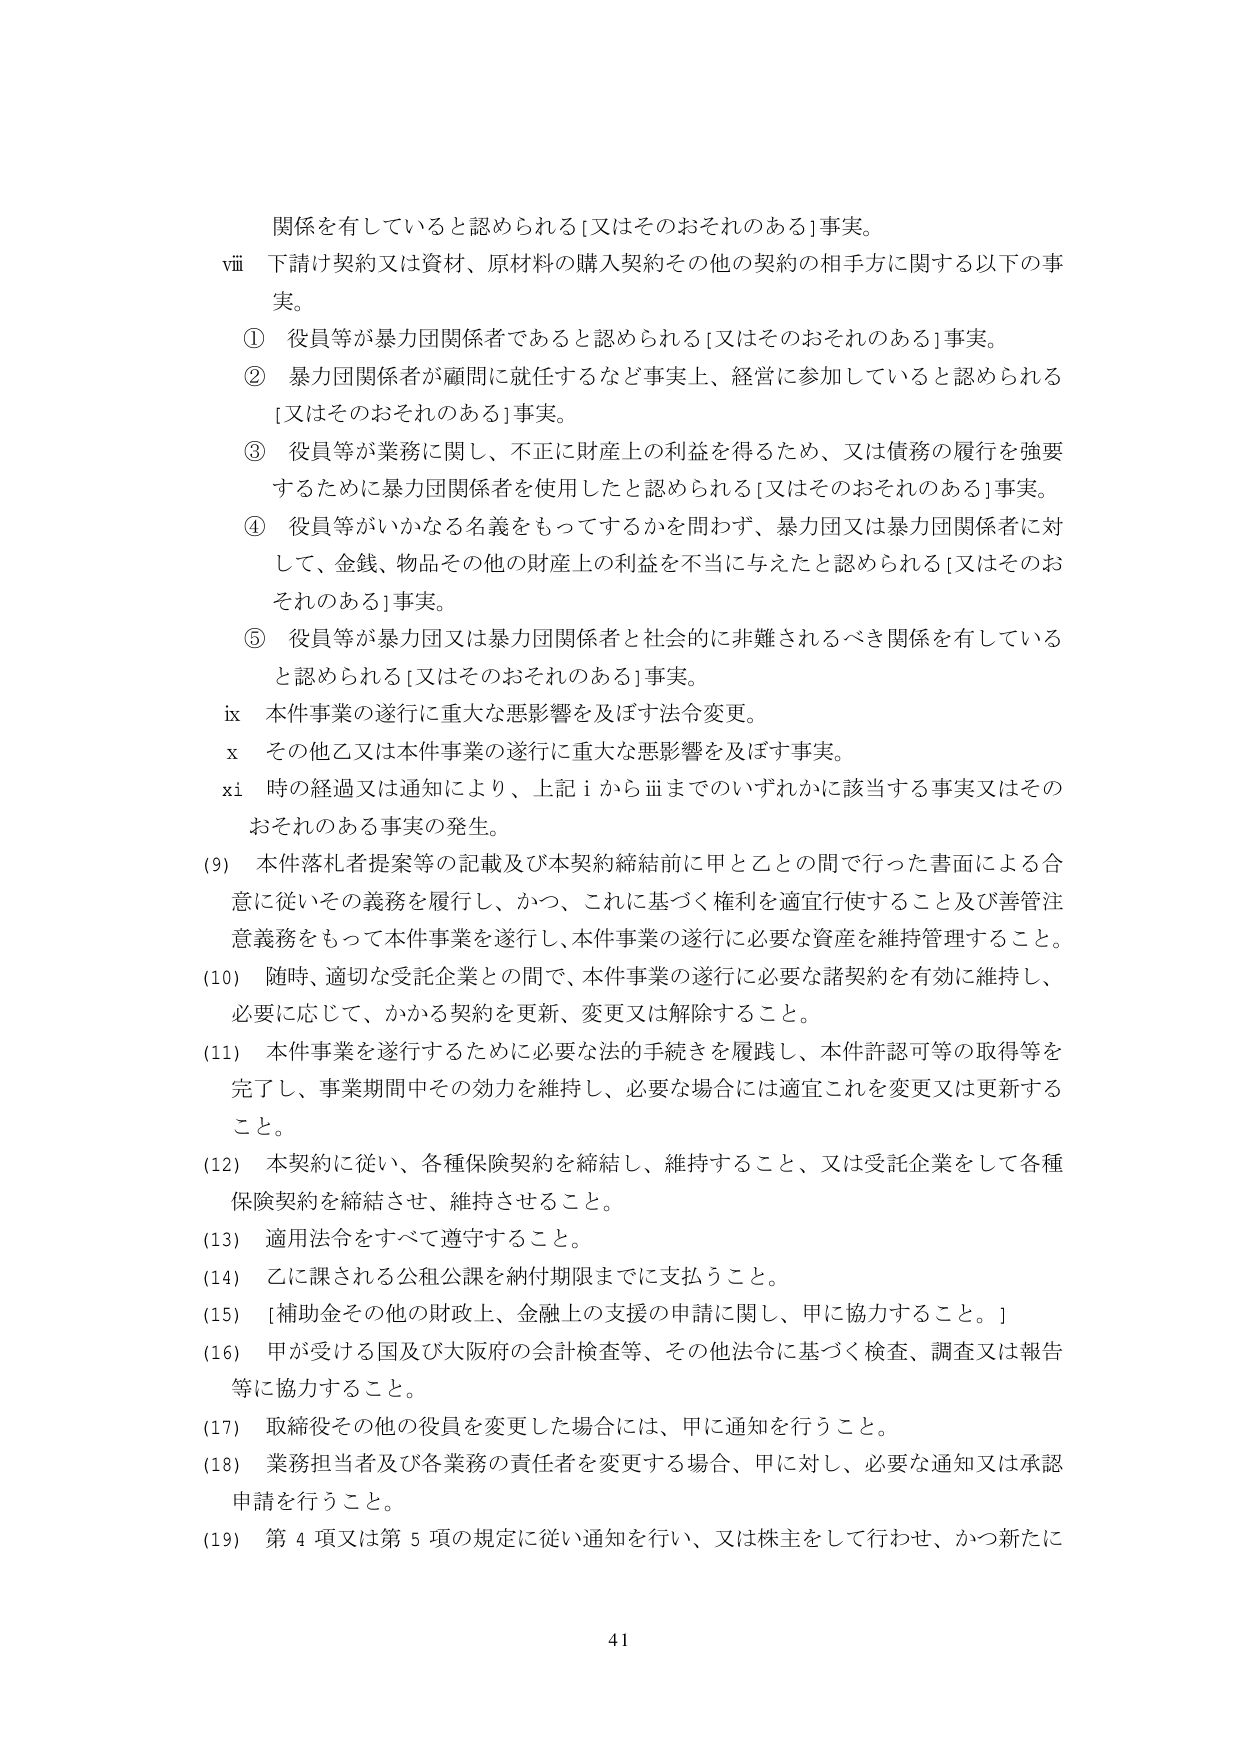
関係を有していると認められる[又はそのおそれのある]事実。

ⅷ 下請け契約又は資材、原材料の購入契約その他の契約の相手方に関する以下の事実。

① 役員等が暴力団関係者であると認められる[又はそのおそれのある]事実。

② 暴力団関係者が顧問に就任するなど事実上、経営に参加していると認められる[又はそのおそれのある]事実。

③ 役員等が業務に関し、不正に財産上の利益を得るため、又は債務の履行を強要するために暴力団関係者を使用したと認められる[又はそのおそれのある]事実。

④ 役員等がいかなる名義をもってするかを問わず、暴力団又は暴力団関係者に対して、金銭、物品その他の財産上の利益を不当に与えたと認められる[又はそのおそれのある]事実。

⑤ 役員等が暴力団又は暴力団関係者と社会的に非難されるべき関係を有していると認められる[又はそのおそれのある]事実。

ⅸ 本件事業の遂行に重大な悪影響を及ぼす法令変更。

ⅹ その他乙又は本件事業の遂行に重大な悪影響を及ぼす事実。

ⅹⅰ 時の経過又は通知により、上記ⅰからⅲまでのいずれかに該当する事実又はそのおそれのある事実の発生。

(9) 本件落札者提案等の記載及び本契約締結前に甲と乙との間で行った書面による合意に従いその義務を履行し、かつ、これに基づく権利を適宜行使すること及び善管注意義務をもって本件事業を遂行し、本件事業の遂行に必要な資産を維持管理すること。

(10) 随時、適切な受託企業との間で、本件事業の遂行に必要な諸契約を有効に維持し、必要に応じて、かかる契約を更新、変更又は解除すること。

(11) 本件事業を遂行するために必要な法的手続きを履践し、本件許認可等の取得等を完了し、事業期間中その効力を維持し、必要な場合には適宜これを変更又は更新すること。

(12) 本契約に従い、各種保険契約を締結し、維持すること、又は受託企業をして各種保険契約を締結させ、維持させること。

(13) 適用法令をすべて遵守すること。

(14) 乙に課される公租公課を納付期限までに支払うこと。

(15) [補助金その他の財政上、金融上の支援の申請に関して、甲に協力すること。]

(16) 甲が受ける国及び大阪府の会計検査等、その他法令に基づく検査、調査又は報告等に協力すること。

(17) 取締役その他の役員を変更した場合には、甲に通知を行うこと。

(18) 業務担当者及び各業務の責任者を変更する場合、甲に対し、必要な通知又は承認申請を行うこと。

(19) 第4項又は第5項の規定に従い通知を行い、又は株主をして行わせ、かつ新たに

41